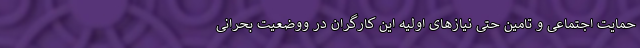
حمایت اجتماعی و تامین حتی نیازهای اولیه این کارگران در ووضعیت بحرانی